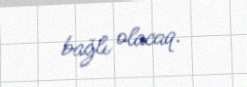
bağlı olacaq.